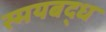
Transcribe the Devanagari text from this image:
स्मयबद्ध